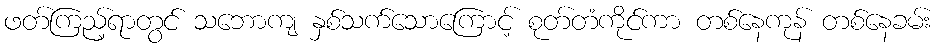
ဖတ်ကြည့်ရာတွင် သဘောကျ နှစ်သက်သောကြောင့် စုတ်တံကိုင်ကာ တစ်နေကုန် တစ်နေခမ်း